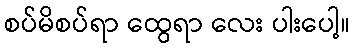
စပ်မိစပ်ရာ ထွေရာ လေး ပါးပေါ့။